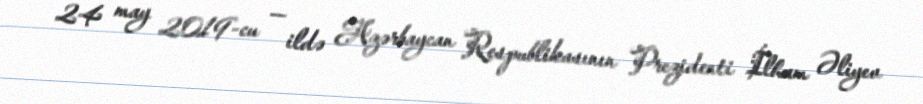
24 may 2019-cu — ildə Azərbaycan Respublikasının Prezidenti İlham Əliyev